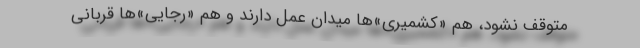
متوقف نشود، هم «کشمیری»‌ها میدان عمل دارند و هم «رجایی»‌ها قربانی